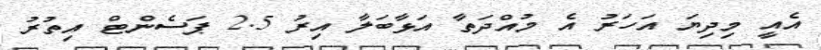
އެއީ މިދިޔަ އަހަރު އެ މުއްދަތާ އަޅާބަލާ އިރު 2.5 ޕަސެންޓް އިތުރު